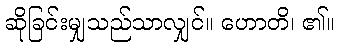
ဆိုခြင်းမျှသည်သာလျှင်။ ဟောတိ၊ ၏။